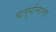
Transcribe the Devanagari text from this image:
चतुर्मासाला